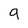
Character: 9